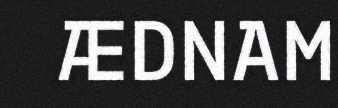
ÆDNAM